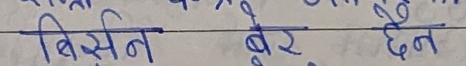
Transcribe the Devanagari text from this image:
बिसिन बेर छैन